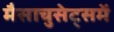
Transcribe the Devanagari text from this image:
मैसाचुसेट्समें